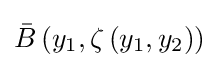
{\bar {B}}\left(y_{1},\zeta \left(y_{1},y_{2}\right)\right)